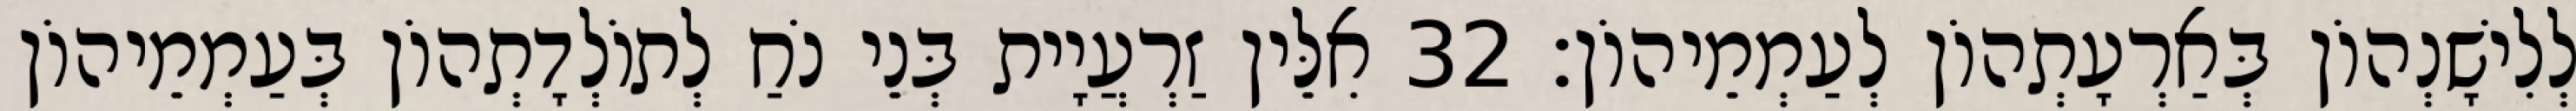
לְלִישָׁנְהוֹן בְּאַרְעָתְהוֹן לְעַמְמֵיהוֹן׃ 32 אִלֵּין זַרְעֲיָית בְּנֵי נֹחַ לְתוֹלְדָתְהוֹן בְּעַמְמֵיהוֹן